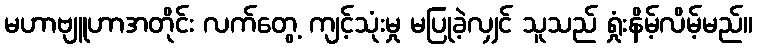
မဟာဗျူဟာအတိုင်း လက်တွေ့ ကျင့်သုံးမှု မပြုခဲ့လျှင် သူသည် ရှုံးနိမ့်လိမ့်မည်။